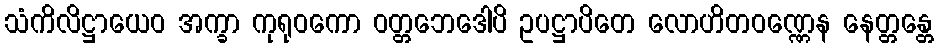
သံကိလိဋ္ဌာယေဝ အက္ခာ ကုရုဝကော ဝတ္တဘေဒေါပိ ဥပဋ္ဌာပိတေ လောဟိတဝဏ္ဏေန နေတ္တန္တေ